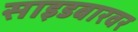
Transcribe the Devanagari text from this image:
साइडबारवर